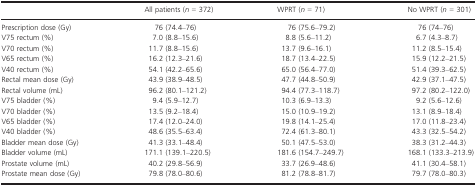
|  | All patients (n = 372) | WPRT (n = 71) | No WPRT (n = 301) |
 | --- | --- | --- | --- |
 | Prescription dose (Gy) | 76 (74.4–76) | 76 (75.6–79.2) | 76 (74–76) |
 | V75 rectum (%) | 7.0 (8.8–15.6) | 8.8 (5.6–11.2) | 6.7 (4.3–8.7) |
 | V70 rectum (%) | 11.7 (8.8–15.6) | 13.7 (9.6–16.1) | 11.2 (8.5–15.4) |
 | V65 rectum (%) | 16.2 (12.3–21.6) | 18.7 (13.4–22.5) | 15.9 (12.2–21.5) |
 | V40 rectum (%) | 54.1 (42.2–65.6) | 65.0 (56.4–77.0) | 51.4 (39.3–62.5) |
 | Rectal mean dose (Gy) | 43.9 (38.9–48.5) | 47.7 (44.8–50.9) | 42.9 (37.1–47.5) |
 | Rectal volume (mL) | 96.2 (80.1–121.2) | 94.4 (77.3–118.7) | 97.2 (80.2–122.0) |
 | V75 bladder (%) | 9.4 (5.9–12.7) | 10.3 (6.9–13.3) | 9.2 (5.6–12.6) |
 | V70 bladder (%) | 13.5 (9.2–18.4) | 15.0 (10.9–19.2) | 13.1 (8.9–18.4) |
 | V65 bladder (%) | 17.4 (12.0–24.0) | 19.8 (14.1–25.4) | 17.0 (11.8–23.4) |
 | V40 bladder (%) | 48.6 (35.5–63.4) | 72.4 (61.3–80.1) | 43.3 (32.5–54.2) |
 | Bladder mean dose (Gy) | 41.3 (33.1–48.4) | 50.1 (47.5–53.0) | 38.3 (31.2–44.3) |
 | Bladder volume (mL) | 171.1 (139.1–220.5) | 181.6 (154.7–249.7) | 168.1 (133.3–213.9) |
 | Prostate volume (mL) | 40.2 (29.8–56.9) | 33.7 (26.9–48.6) | 41.1 (30.4–58.1) |
 | Prostate mean dose (Gy) | 79.8 (78.0–80.6) | 81.2 (78.8–81.7) | 79.7 (78.0–80.3) |